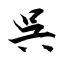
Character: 呉